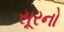
સૂરનો